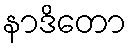
နာဒိတော